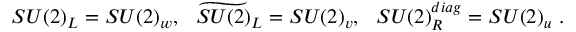
S U ( 2 ) _ { L } = S U ( 2 ) _ { w } , ~ ~ \widetilde { S U ( 2 ) } _ { L } = S U ( 2 ) _ { v } , ~ ~ S U ( 2 ) _ { R } ^ { d i a g } = S U ( 2 ) _ { u } \ .